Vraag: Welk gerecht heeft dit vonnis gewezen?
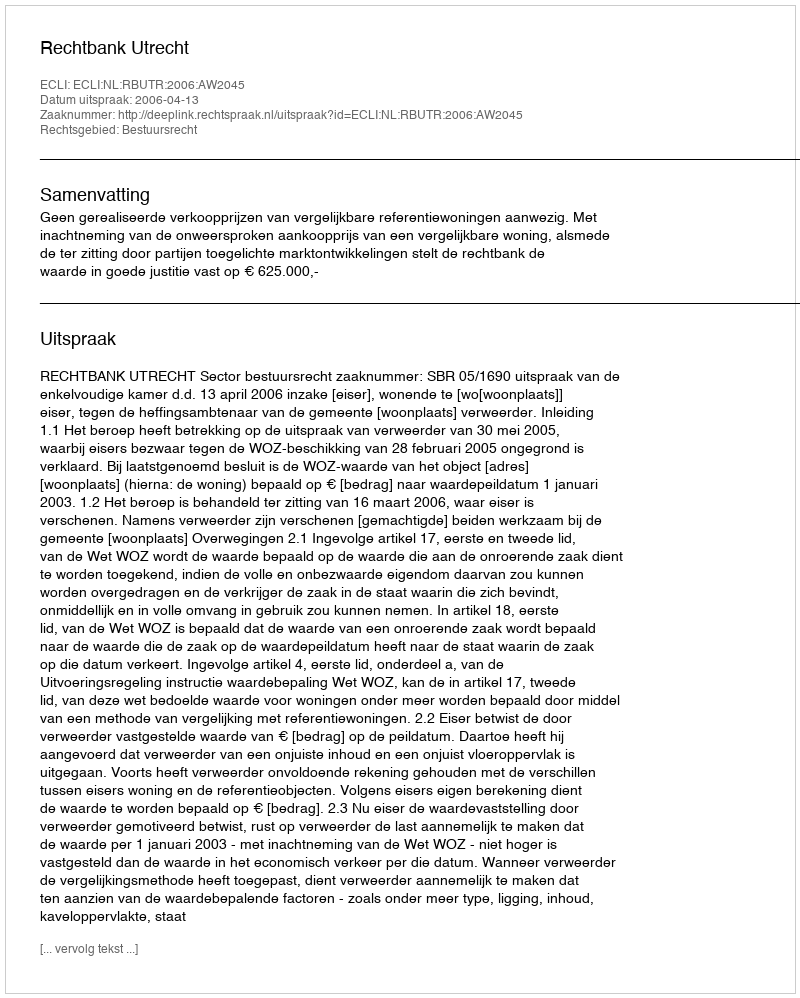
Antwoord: Rechtbank Utrecht